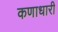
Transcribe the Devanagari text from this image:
कणाधारी